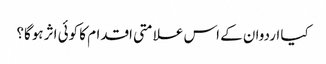
کیا اردوان کے اس علامتی اقدام کا کوئی اثر ہوگا؟